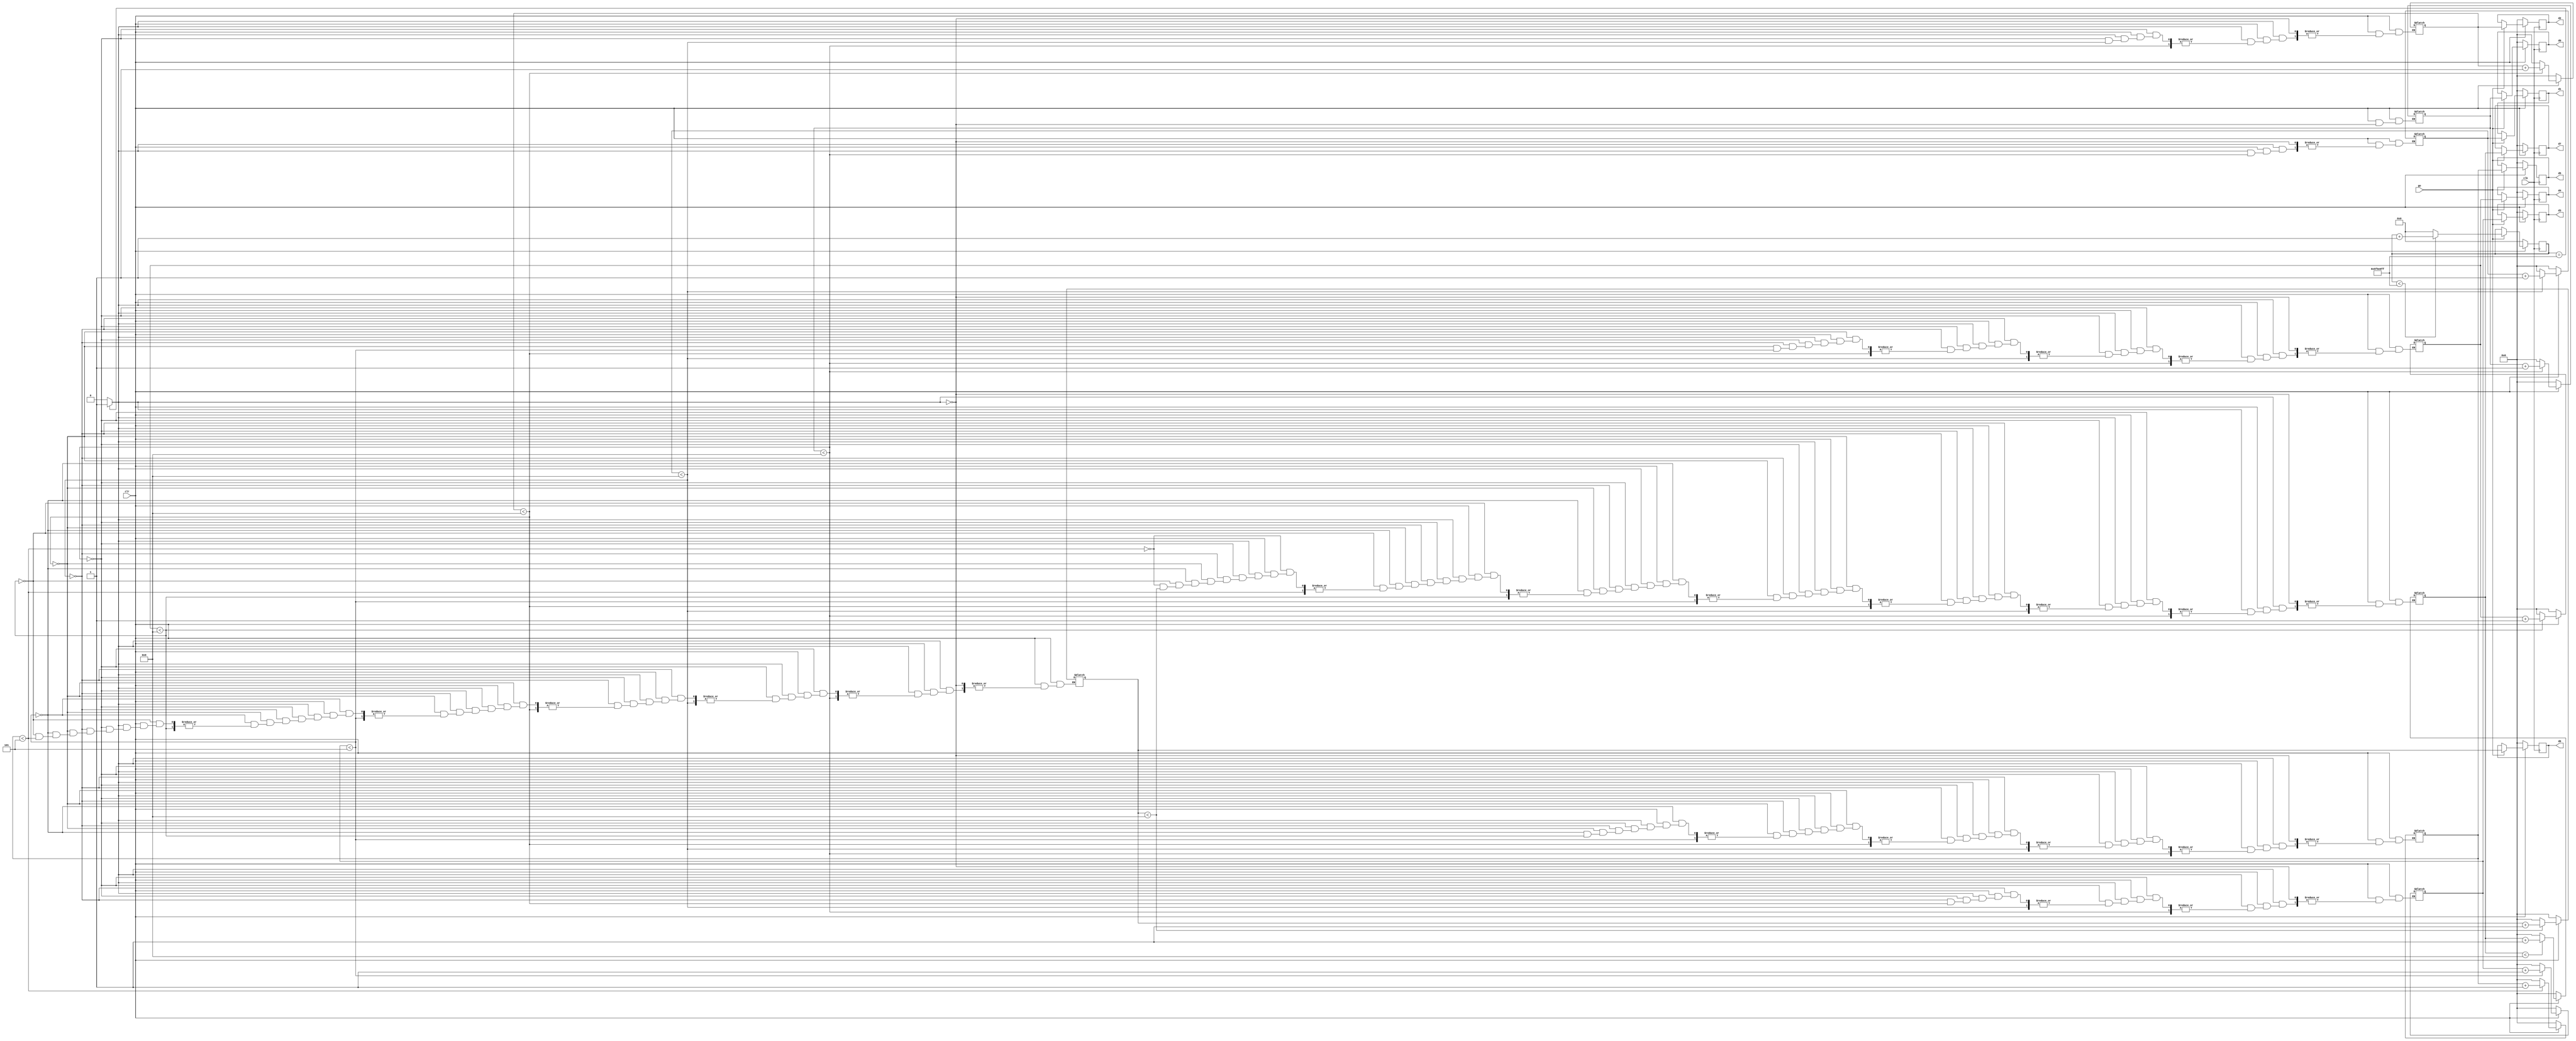
`timescale 1ns / 1ps
//////////////////////////////////////////////////////////////////////////////////
// Company: 
// Engineer: 
// 
// Design Name: 
// Module Name: stop_watch
// Project Name: 
// Target Devices: 
// Tool Versions: 
// Description: 
// 
// Dependencies: 
// 
// Revision:
// Revision 0.01 - File Created
// Additional Comments:
// 
//////////////////////////////////////////////////////////////////////////////////


module stop_watch (
        input clk,
        input go,clr,
        output[3:0] d7,d6,d5,d4,d3,d2,d1,d0
    );
    
    localparam COUNT_VALUE = 100_000_000;
    reg[26:0] ms_reg;
    reg[3:0] d7_reg,d6_reg,d5_reg,d4_reg,d3_reg,d2_reg,d1_reg,d0_reg;
    wire ms_tick;
    reg[3:0] d7_next,d6_next,d5_next,d4_next,d3_next,d2_next,d1_next,d0_next;
    
    always @ (posedge clk)
        if(clr == 0) begin
            ms_reg <= 27'b0;
            d0_reg <= 4'b0;
            d1_reg <= 4'b0;
            d2_reg <= 4'b0;
            d3_reg <= 4'b0;
            d4_reg <= 4'b0;
            d5_reg <= 4'b0;
            d6_reg <= 4'b0;
            d7_reg <= 4'b0;            
        end else if(go == 1) begin
            if(ms_reg < COUNT_VALUE - 1)
                ms_reg <= ms_reg + 1;
            else   
                ms_reg <= 0;
            d0_reg <= d0_next;
            d1_reg <= d1_next;
            d2_reg <= d2_next;
            d3_reg <= d3_next;
            d4_reg <= d4_next;
            d5_reg <= d5_next;
            d6_reg <= d6_next;
            d7_reg <= d7_next;
        end
    
    always @ (ms_tick) begin
        if(clr == 0) begin
            d0_next = 4'b0;
            d1_next = 4'b0;
            d2_next = 4'b0;
            d3_next = 4'b0;
            d4_next = 4'b0;
            d5_next = 4'b0;
            d6_next = 4'b0;
            d7_next = 4'b0;
        end else if(ms_tick) begin
            if(d0_next < 9)
                d0_next = d0_next + 1;
            else begin
                d0_next = 0;
                if(d1_next < 9)
                    d1_next = d1_next + 1;
                else begin
                    d1_next = 0;
                    if(d2_next < 9)
                        d2_next = d2_next + 1;
                    else begin
                        d2_next = 0;
                        if(d3_next < 5)
                            d3_next = d3_next + 1;
                        else begin
                            d3_next = 0;
                            if(d4_next < 9)
                                d4_next = d4_next + 1;
                            else begin
                                d4_next = 0;
                                if(d5_next < 5)
                                    d5_next = d5_next + 1;
                                else begin
                                    d5_next = 0;
                                    if(d6_next < 9)
                                        d6_next = d6_next + 1;
                                    else begin
                                        d6_next = 0;
                                        if(d7_next < 9)
                                            d7_next = d7_next + 1;
                                        else begin
                                            d7_next = 0;
                                        end
                                    end
                                end
                            end
                        end
                    end
                end
            end 
        end
    end
    
    assign ms_tick = ms_reg == COUNT_VALUE - 1 ? 1'b1 : 1'b0;
    assign d0 = d0_reg;
    assign d1 = d1_reg;
    assign d2 = d2_reg;
    assign d3 = d3_reg;
    assign d4 = d4_reg;
    assign d5 = d5_reg;
    assign d6 = d6_reg;
    assign d7 = d7_reg;

endmodule